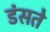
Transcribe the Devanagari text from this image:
डंसते